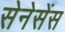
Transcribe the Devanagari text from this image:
सेनेसेंस